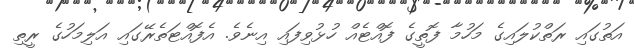
އަތުގައި ރަތްކުލައިގެ މަހުމާ ފޮތީގެ ފޮއްޓެއް ހުޅުވިފައި އިނެވެ. އެފޮއްޓަތެރޭގައި އަލިމަހުގެ ރީތި